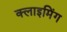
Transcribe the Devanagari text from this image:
क्लाइमिंग